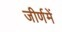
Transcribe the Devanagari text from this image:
जीर्णमें